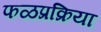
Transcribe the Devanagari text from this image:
फळप्रक्रिया